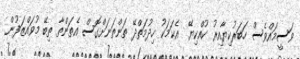
ވަސީމައްވެސް ހަބަރުކިޔާއިރު ކުއްކިޔޭ  އެކަމަކު ހިދުމަތްދޭ ތަންތަނަށްގޮސް އެތަންތާ ތިބޭ މުވައްޒަފުން